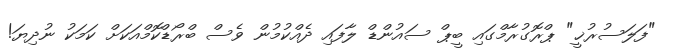
"ފަލަސުރުޚީ" ޕްރޮގުރާމްގައި ބީޕް ސައުންޑް ލާފައި ދެއްކުމުން ވެސް ބްރޯޑްކޮމްއަކަށް ކަމަކު ނުދިޔަ!